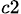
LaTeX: _{c2}